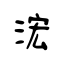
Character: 浤